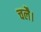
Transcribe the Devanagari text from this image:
चलै।